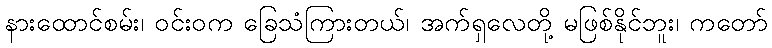
နားထောင်စမ်း၊ ဝင်းဝက ခြေသံကြားတယ်၊ အက်ရှလေတို့ မဖြစ်နိုင်ဘူး၊ ကတော်